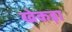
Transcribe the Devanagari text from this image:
खेकड़ा